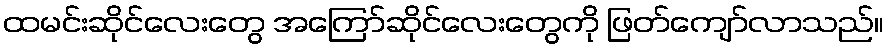
ထမင်းဆိုင်လေးတွေ အကြော်ဆိုင်လေးတွေကို ဖြတ်ကျော်လာသည်။